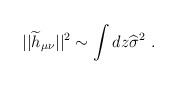
LaTeX: \begin{align*}||{\widetilde h}_{\mu\nu}||^2\sim\int dz {\widehat \sigma}^2~.\end{align*}